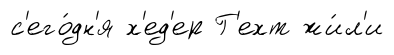
с'его́дн'я х'ед'ер Г'ехт жи́л'и